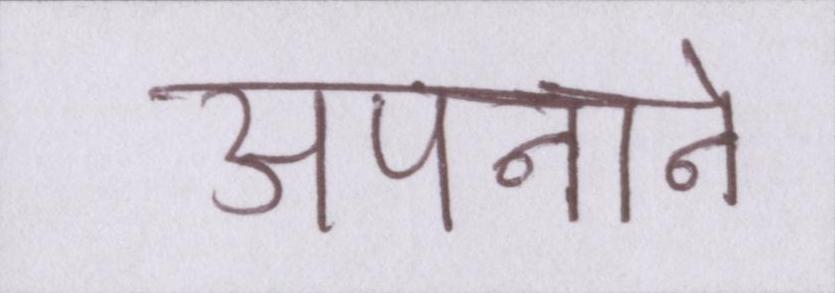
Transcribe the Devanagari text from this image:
अपनाने